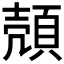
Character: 𫖡